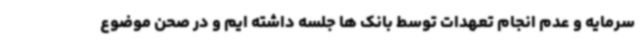
سرمایه و عدم انجام تعهدات توسط بانک ها جلسه داشته ایم و در صحن موضوع